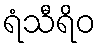
ရံသီရိဝ